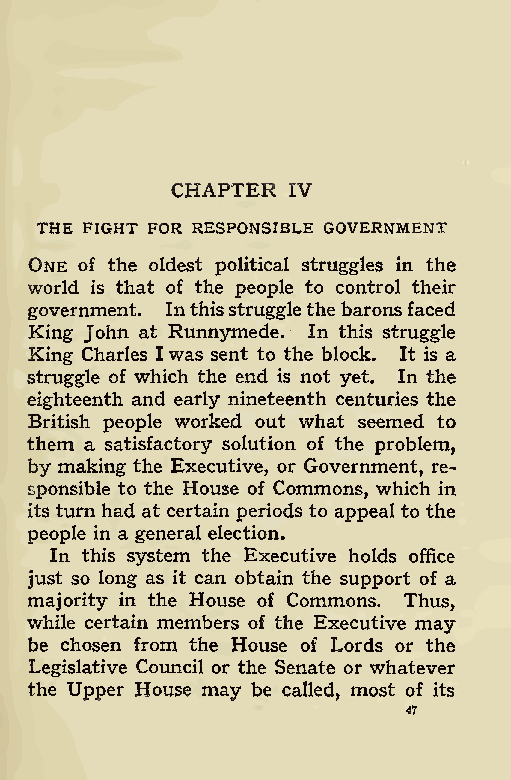
CHAPTER IV
 THE FIGHT FOR RESPONSIBLE GOVERNMENT
 One of the oldest political struggles in the
 world is that of the people to control their
 government. Inthisstrugglethebaronsfaced
 King John at Runnymede. In this struggle
 King Charles Iwas sent to the block. It is a
 struggle of which the end is not yet. In the
 eighteenth and early nineteenth centuries the
 British people worked out what seemed to
 them a satisfactory solution of the problem,
 by making the Executive, or Government, re-
 sponsible to the House of Commons, which in
 its turn had at certain periods to appeal to the
 people in a general election.
 In this system the Executive holds office
 just so long as it can obtain the support of a
 majority in the House of Commons. Thus,
 while certain members of the Executive may
 be chosen from the House of Lords or the
 Legislative Council or the Senate or whatever
 the Upper House may be called, most of its
 47